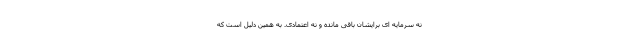
نه سرمایه ای برایشان باقی مانده و نه اعتمادی. به همین دلیل است که